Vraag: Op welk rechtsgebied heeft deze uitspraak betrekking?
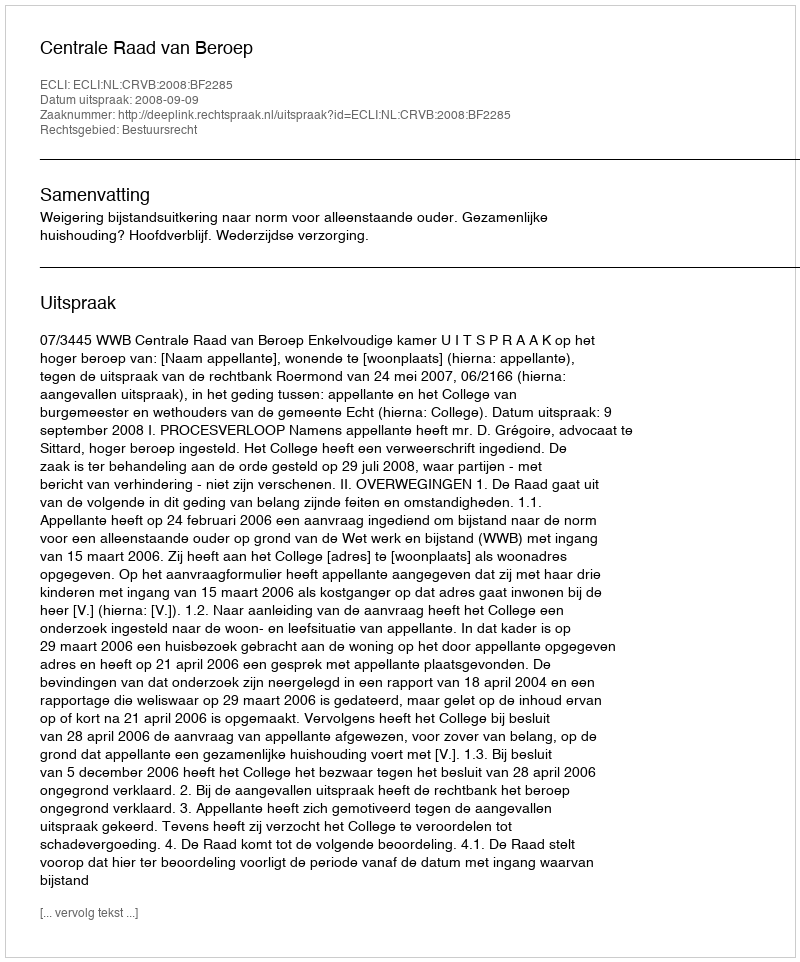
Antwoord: Bestuursrecht